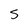
Character: s